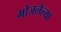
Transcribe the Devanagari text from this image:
मोजलेल्या